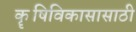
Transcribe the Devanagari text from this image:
कॄषिविकासासाठी